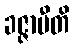
ခဇ္ဇာမီတိ